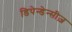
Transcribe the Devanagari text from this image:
डिपेन्डेन्सीज़